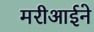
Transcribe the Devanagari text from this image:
मरीआईने